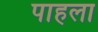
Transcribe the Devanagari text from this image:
पाहला